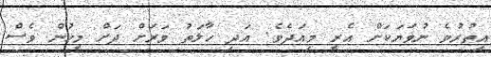
އިތުރުވެ ނުވަޔަކަށް އެރީ މިއަދެވެ. އަދި ހާލަތު ވަރަށް ދަށް މީހުން ވެސް